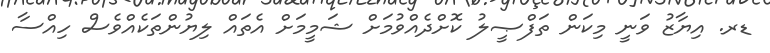
ޑރ. އިޔާޒު ވަނީ މިކަން ތަފްޞީލު ކޮށްދެއްވުމަށް ޝަމީމަށް އެތައް ލިޔުންތަކެއްވެސް ހިއްސާ